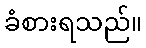
ခံစားရသည်။